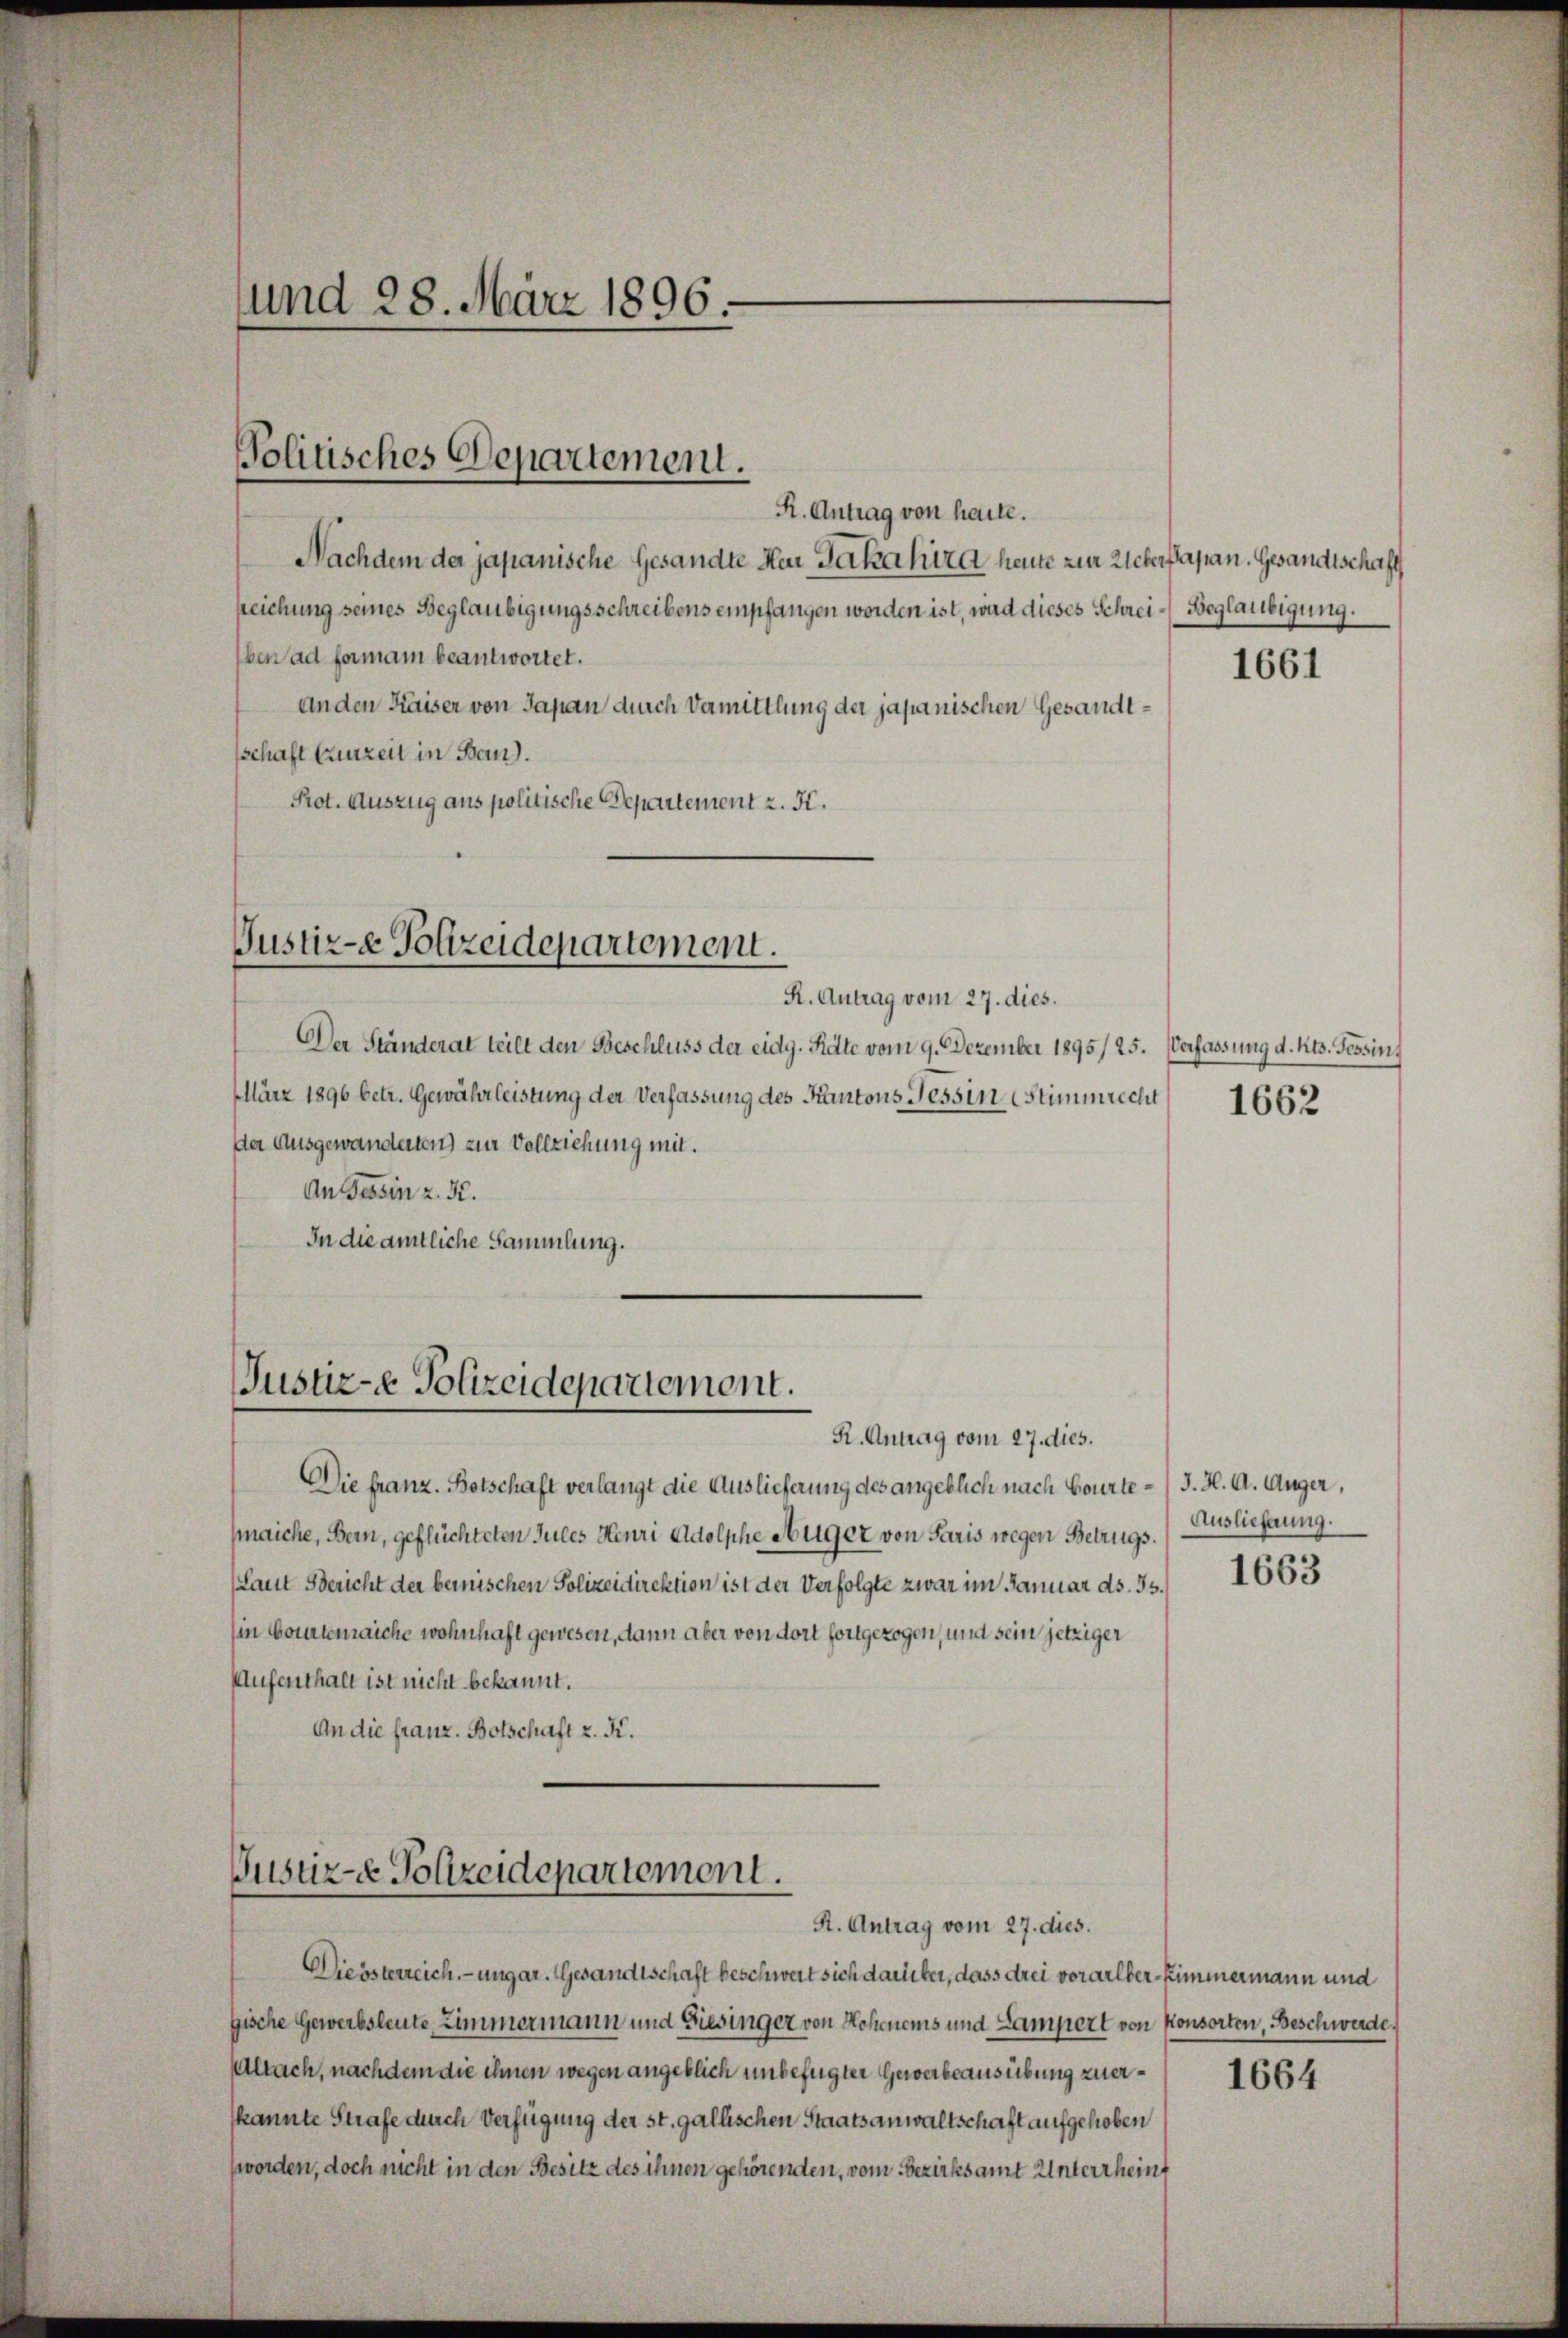
und 28. März 1896.

olitisches Departement.

R. Antrag von haile.
Nachdem der japanische Gesandte Herr Jakahira heute zur Ueber Papan. Gesandtschaft
peichung seines Beglaubigungsschreibens empfangen worden ist, ward dieses Schrei-Beglaubigung.
ben ad formani beantwortet.
Anden Kaiser von Japan durch Vermittlung der japanischen Gesandtsschaft Anzeit in Bau).
Prot. Auszug aus politische Departement z. K.

Justiz-e Polizeidepartement.
R. Antrag vom 27. dies.

Der Ständerat teilt den Beschluss der eidg. Rate vom 9. Dezember 1895/ 25. Verfassung d. Kts. Tessin,
März 1896 betr. Gewährleistung der Verfassung des Kantons Tessin, Stimmrecht 1662
de Ausgewanderten) zur Vollziehung mit.
An Tessin z. B.
In die amtliche Sammlung.

Justiz-e Polizeidepartement.

Die franz. Botschaft verlangt die Auslieferung des angeblich nach Bourte / J. H. A. Auger,
aiche, Bern, geflüchteten Jules Henri Adolphe Nuger von Paris wegen Betrugs¬
(Laut Bericht der bemischen Polizeidirektion ist der Verfolgte zwar im Januar ds. 35.
in Courtenaiche wohnhaft gewesen, dann aber von dort fortgezogen, und sein jetziger
Aufenthalt ist nicht bekannt.
An die franz. Botschaft z. K.

Pusuz- Polizeidepartement.
R. Antrag vom 27. dies.

K. Antrag vom 27. dies.

Diebsterreich. - ungar. Gesandtschaft beschwert sich darüber, dass drei vorarlber-Zimmermann und
gische Gewerbsleute Zimmermann und Giesinger von Hohenems und Lampert von Konsorten, Beschwerde,
Altach, nachdem die ihnen wegen angeblich unbefugter Gewerbeausübung zuerkannte Strafe durch Verfügung der st. gallischen Staatsanwaltschaft aufgehoben
worden, doch nicht in den Besitz des ihnen gehörenden, vom Bezirksamt Unterrhein

1661

Auslieferung.

1663

1664